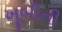
ખૂબીની